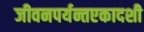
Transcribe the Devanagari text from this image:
जीवनपर्यन्तएकादशी